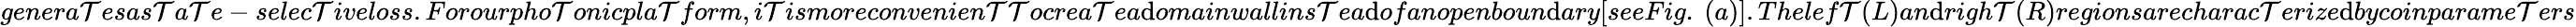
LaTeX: genera\mathcal{T}esas\mathcal{T}a\mathcal{T}e-selec\mathcal{T}iveloss.Forourpho\mathcal{T}onicpla\mathcal{T}form,i\mathcal{T}ismoreconvenien\mathcal{T}\mathcal{T}ocrea\mathcal{T}ea\mathrm{d}omainwallins\mathcal{T}ea\mathrm{d}ofanopenboun\mathrm{d}ary[seeFig.~(a)].Thelef\mathcal{T}(L)an\mathrm{d}righ\mathcal{T}(R)regionsarecharac\mathcal{T}erize\mathrm{d}bycoinparame\mathcal{T}ers